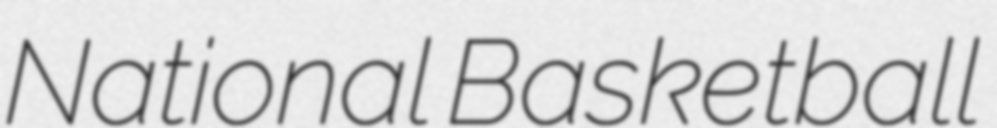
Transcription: National Basketball